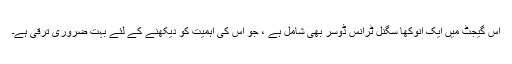
اس گیجٹ میں ایک انوکھا سگنل ٹرانس ڈوسر بھی شامل ہے ، جو اس کی اہمیت کو دیکھنے کے لئے بہت ضروری ترقی ہے۔